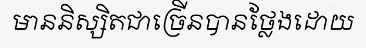
មាននិស្សិតជាច្រើនបានថ្លែងដោយ